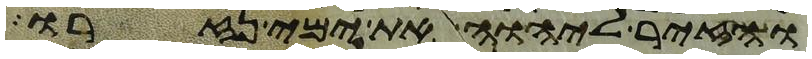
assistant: והזיר ליהוה את ימי נזרו